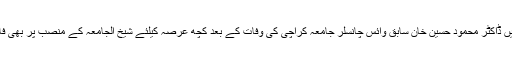
علاوہ ازیں ڈاکٹر محمود حسین خان سابق وائس چانسلر جامعہ کراچی کی وفات کے بعد کچھ عرصہ کیلئے شیخ الجامعہ کے منصب پر بھی فائز رہے۔